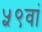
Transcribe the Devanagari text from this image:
५९वां